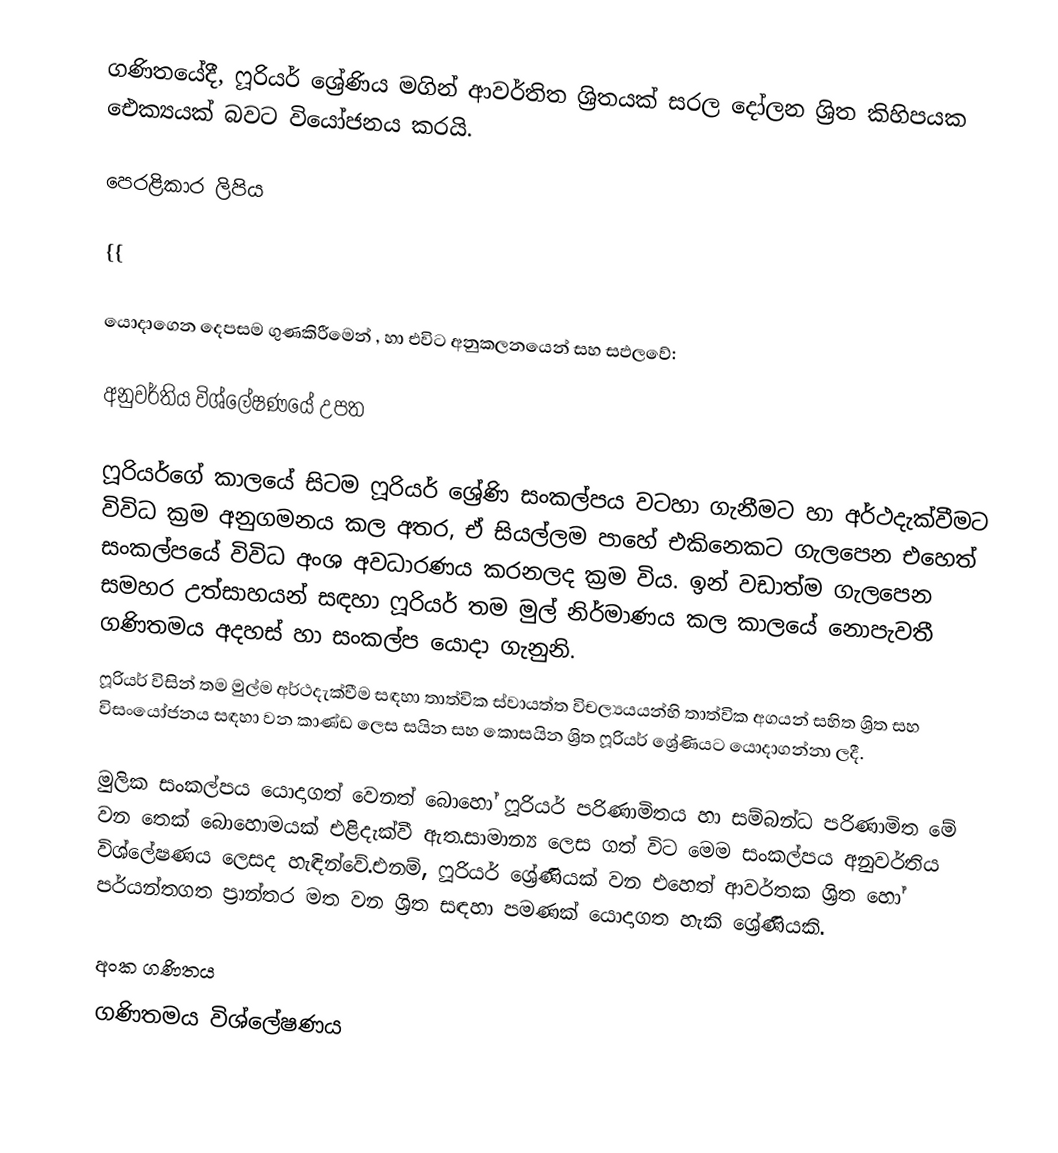
ගණිතයේදී, ෆූරියර් ශ්‍රේණිය මගින් ආවර්තිත ශ්‍රිතයක් සරල දෝලන ශ්‍රිත කිහිපයක ඓක්‍යයක් බවට වියෝජනය කරයි.

පෙරළිකාර ලිපිය

{{

 යොදාගෙන දෙපසම ගුණකිරීමෙන් , හා එවිට අනුකලනයෙන්  සහ  සඵලවේ:

අනුවර්තිය විශ්ලේෂණයේ උපත

ෆූරියර්ගේ කාලයේ සිටම ෆූරියර් ශ්‍රේණි සංකල්පය වටහා ගැනීමට හා අර්ථදැක්වීමට විවිධ ක්‍රම අනුගමනය කල අතර, ඒ සියල්ලම පාහේ එකිනෙකට ගැලපෙන එහෙත් සංකල්පයේ විවිධ අංශ අවධාරණය කරනලද ක්‍රම විය. ඉන් වඩාත්ම ගැලපෙන සමහර උත්සාහයන් සඳහා ෆූරියර් තම මුල් නිර්මාණය කල කාලයේ නොපැවතී ගණිතමය අදහස් හා සංකල්ප යොදා ගැනුනි.
ෆූරියර් විසින් තම මුල්ම අර්ථදැක්වීම සඳහා තාත්වික ස්වායත්ත විචල්‍යයයන්හි තාත්වික අගයන් සහිත ශ්‍රිත සහ  විසංයෝජනය සඳහා වන කාණ්ඩ ලෙස සයින සහ කොසයින ශ්‍රිත ෆූරියර් ශ්‍රේණියට යොදාගන්නා ලදී.

මුලික සංකල්පය යොදාගත් වෙනත් බොහෝ  ෆූරියර් පරිණාමිතය හා සම්බන්ධ පරිණාමිත මේ වන තෙක්  බොහොමයක් එළිදැක්වී ඇත.සාමාන්‍ය ලෙස ගත් විට මෙම සංකල්පය අනුවර්තිය විශ්ලේෂණය ලෙසද හැඳින්වේ.එනම්, ෆූරියර් ශ්‍රේණියක් වන එහෙත් ආවර්තක ශ්‍රිත හෝ  පර්යන්තගත ප්‍රාන්තර මත වන ශ්‍රිත සඳහා පමණක් යොදාගත හැකි ශ්‍රේණියකි.

අංක ගණිතය
ගණිතමය විශ්ලේෂණය